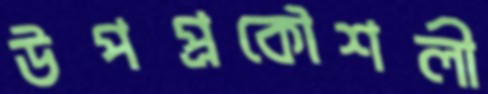
উপপ্রকৌশলী